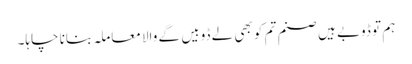
ہم تو ڈوبے ہیں صنم تم کو بھی لے ڈوبیں گے والا معاملہ بنانا چاہا۔